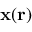
\mathbf { x } ( \mathbf { r } )